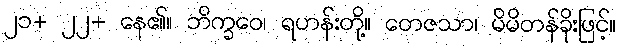
၂၁+ ၂၂+ နေ၏။ ဘိက္ခဝေ၊ ရဟန်းတို့။ တေဇသာ၊ မိမိတန်ခိုးဖြင့်။